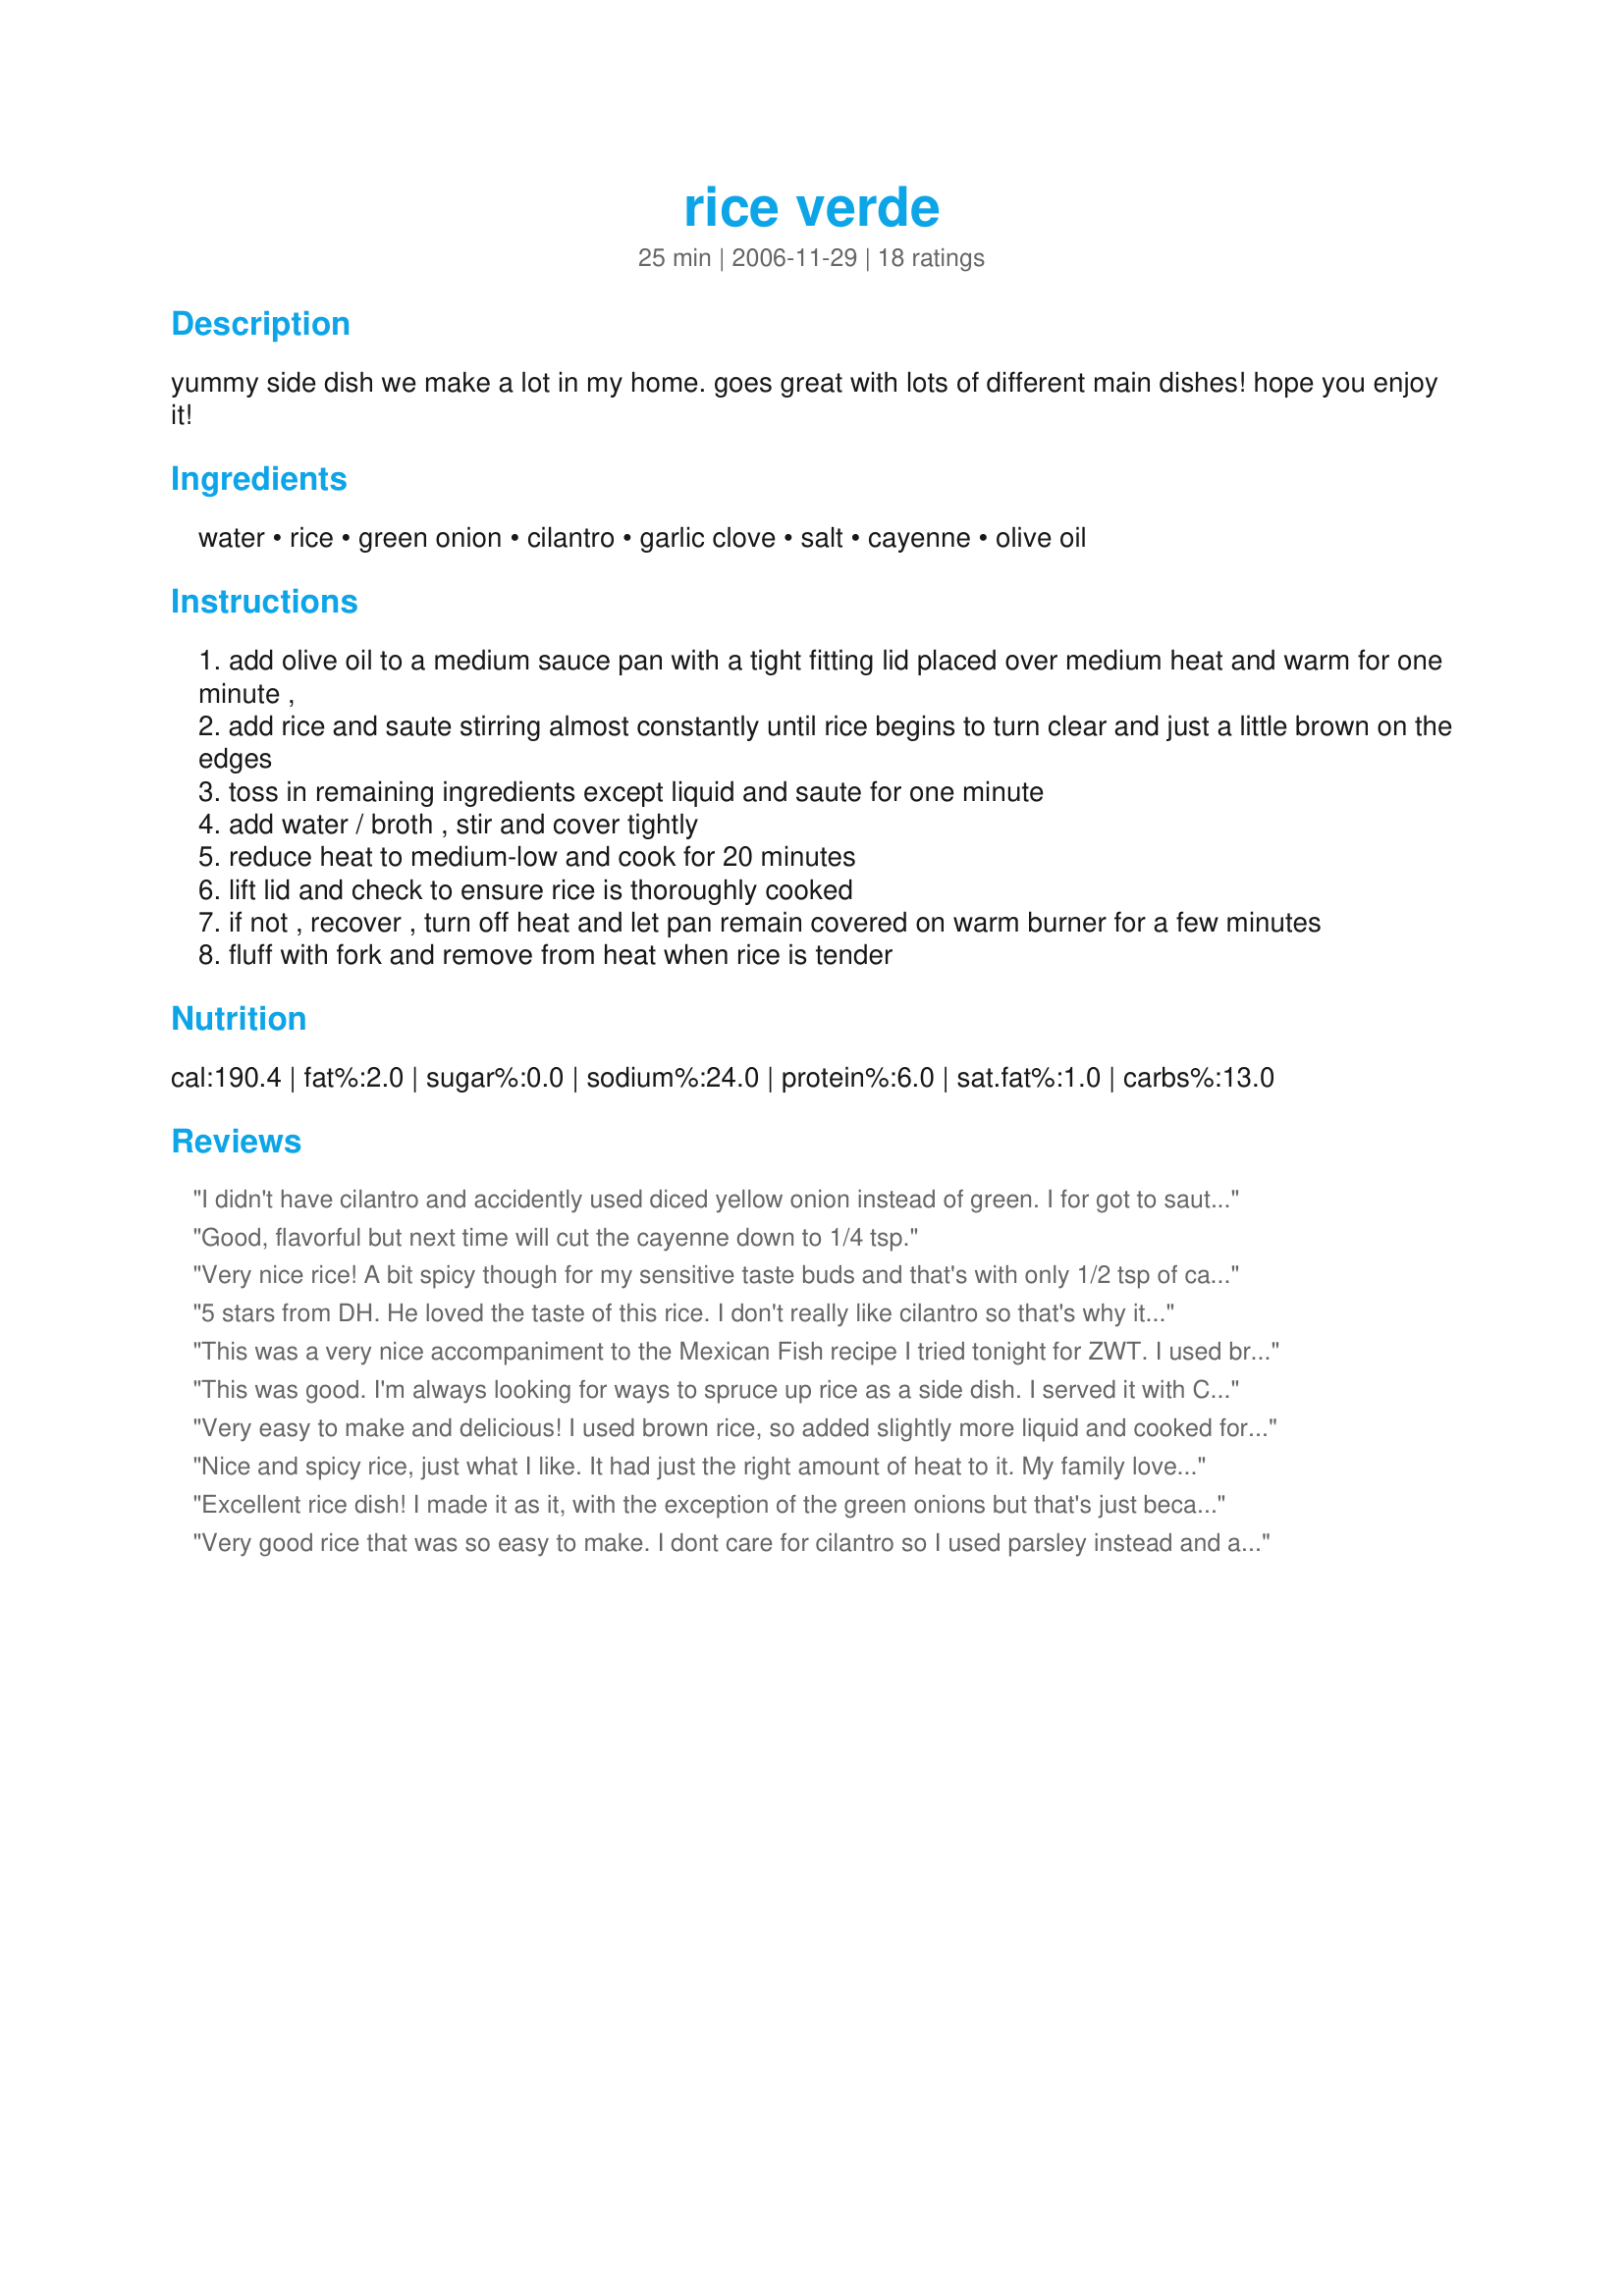
rice verde
Preparation time: 25 minutes

yummy side dish we make a lot in my home. goes great with lots of different main dishes! hope you enjoy it!

Ingredients:
water, rice, green onion, cilantro, garlic clove, salt, cayenne, olive oil

Steps:
add olive oil to a medium sauce pan with a tight fitting lid placed over medium heat and warm for one minute ,
add rice and saute stirring almost constantly until rice begins to turn clear and just a little brown on the edges
toss in remaining ingredients except liquid and saute for one minute
add water / broth , stir and cover tightly
reduce heat to medium-low and cook for 20 minutes
lift lid and check to ensure rice is thoroughly cooked
if not , recover , turn off heat and let pan remain covered on warm burner for a few minutes
fluff with fork and remove from heat when rice is tender

Reviews:
I didn't have cilantro and accidently used diced yellow onion instead of green. I for got to saute the onion and garlic prior to adding the broth and then added hot pepper AND cayenne to the mix. With all those mistakes, you'd think it would turn out bad. But it was wonderful! Even with the additional hot pepper, it wasn't too hot. The rice had a kick but also had a lovely subtle flavor. It could accompany almost any dish. I'll be making this often. Thanks for posting.
Good, flavorful but next time will cut the cayenne down to 1/4 tsp.
Very nice rice! A bit spicy though for my sensitive taste buds and that's with only 1/2 tsp of cayenne. We still enjoyed the flavor explosions of eating this with recipe#140614. I made mine with the chicken broth option and doubled the green onions and garlic. Yum! I bet this would be good with some lemon or lime zest or juice as well.
5 stars from DH. He loved the taste of this rice. I don't really like cilantro so that's why it was not a real hit with me. I wanted to try but I knew that DH would like this LOL He's happy to have leftovers for his lunches. Thanks Mama. Made for the Babes of ZWT4
This was a very nice accompaniment to the Mexican Fish recipe I tried tonight for ZWT. I used brown rice so I increased the liquid ...2 cups chicken broth and 3/4 cup water and cooked for 45 minutes and it was cooked perfectly. The flavors are great and the rice is very pretty. I used a little more than 1/2tsp of cayenne and even that was a little hot for us, but we are known wimps! I served with the fish and plain, steamed broccoli which helped balance the spiciness. Next time, I'd try adding maybe some bell pepper and/or corn. This is an excellent side for Mexican food something to swap out with the usual tomato based Mexican/Spanish rice. Thanks for sharing! Made for ZWT3
This was good. I'm always looking for ways to spruce up rice as a side dish. I served it with Cajun spiced red snapper... it may have been a little too much spice all together. I will make this rice again, with something else next time.
Very easy to make and delicious! I used brown rice, so added slightly more liquid and cooked for about 40 minutes. We don't like cilantro, so I left it out, and I also used chives instead of green onions. A great side dish that I will make again. Made for ZWT4.
Nice and spicy rice, just what I like. It had just the right amount of heat to it. My family loved it served with Chicken wings. I will definitely make this again. Awesome recipe. Thanks for sharing your wonderful recipes Mama.
Excellent rice dish! I made it as it, with the exception of the green onions but that's just because I forgot it. It's nice and spicy and flavorful! I will definitely be making this again. Next time I will have all the ingredients pre-prepared so I don't have to run around the kitchen so much! I served with roasted parmesan cauliflower and a cayenne/paprika rubbed beef roast.
Very good rice that was so easy to make. I dont care for cilantro so I used parsley instead and a pinch of red pepper flakes for the cayenne. Loved the toasted nutty flavor! Served with Wildflour's Recipe #162750, topped with a bit of the sauce from the pork chops and enjoyed. Made and reviewed for ZWT 4.
This was very nice with our Mexican dinner tonight. It was easy to make. I will definitely make this again!
Delicious!!!! This tastes very similar to Qdoba's rice to me. I used 1/2 jalapeÃ±o pepper for the spice. I'll definitely make this time and time again, it was so easy! Made for ZWT4.
Oh boy is this AWESOME!! I made it as a side dish for chicken enchiladas and it was fantastic. A keeper!!! I followed the instructions exactly and it turned out great!!
This was great. We ate it with Black eyed peas with herbs. We used brown rice instead of white so the rice wasn't green but it was great! If you use brown rice you'll hae to adjust the cooking time but it tasted really good and is healthier than white rice too!
This was good. I used brown rice so increased the cooking time and the water. Nice blend of flavors, especially love the cilantro. Thanks for posting.
Entire family enjoyed this for dinner tonight along with your Burrito Filling Recipe #208538. Delightful, quick and easy!! I had DD help make dinner and these were a great way to get her involved in the kitchen! (I did use a bit more Cayenne, we like it spicy and I didn't measure). Thank you! ZWT3.
This was a nice side dish. I think my cilantro was losing it's oomph and my jalepeno wasn't so hot though. I think that made the difference on the rating. We still enjoyed it but it could have had a more full flavour but that, I'm sure, is totally the fault of my ingrediants. Next time I'll add some red pepper flakes too adn try fresh chives instead of green onions. Made for ZWT4
We loved this rice, served with Jerk Chicken, Caribbean Coleslaw, and a mango salsa.
